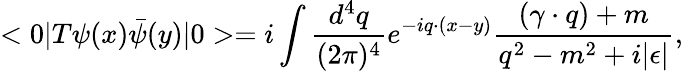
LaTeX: <0|T\psi(x)\bar{\psi}(y)|0>=i\int\frac{d^{4}q}{(2\pi)^{4}}e^{-iq\cdot(x-y)}\frac{(\gamma\cdot q)+m}{q^{2}-m^{2}+i|\epsilon|},